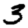
Digit: 3